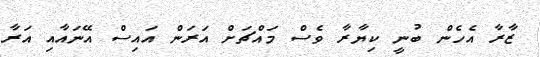
ޒާރާ އެހެން ބުނީ ކިޔާރާ ވެސް މައްޗަށް އަރަން އައިސް އޭނައާއި އަރާ